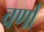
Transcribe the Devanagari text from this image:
वर्णां